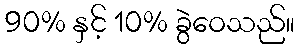
90% နှင့် 10% ခွဲဝေသည်။